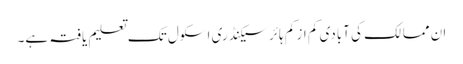
ان ممالک کی آبادی کم از کم ہائر سیکنڈری اسکول تک تعلیم یافتہ ہے۔